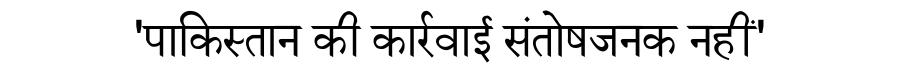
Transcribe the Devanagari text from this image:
'पाकिस्तान की कार्रवाई संतोषजनक नहीं'